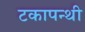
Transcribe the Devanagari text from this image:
टकापन्थी